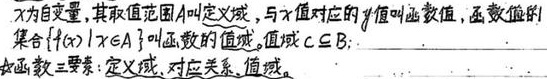
$x$为自变量,其取值范围$A$叫定义域,与$x$值对应的$y$值叫函数值,函数值的集合$\{ f(x)\mid x\in A\}$叫函数的值域.值域$C\subseteq B$.

函数三要素:定义域、对应关系、值域.